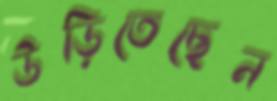
উড়িতেছেন